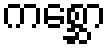
ကစ္ဆော